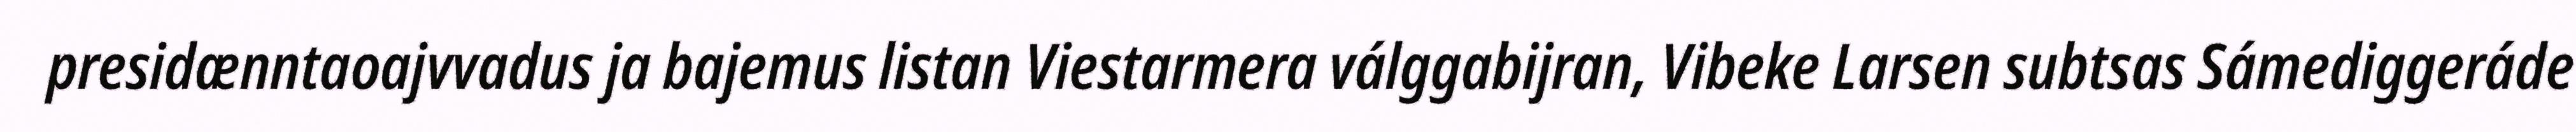
presidænntaoajvvadus ja bajemus listan Viestarmera válggabijran, Vibeke Larsen subtsas Sámediggeráde